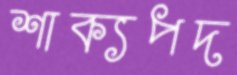
শাক্যপদ